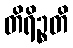
တိရိဉ္စတိ